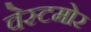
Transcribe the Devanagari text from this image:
वेस्टमोर